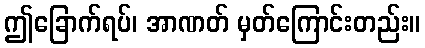
ဤခြောက်ရပ်၊ အာဏတ် မှတ်ကြောင်းတည်း။